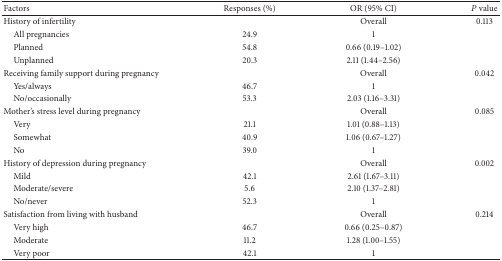
<table><thead><tr><td><b>Factors</b></td><td><b>Responses (%)</b></td><td><b>OR (95% CI)</b></td><td><b><i>P</i> value</b></td></tr></thead><tbody><tr><td>History of infertility</td><td> </td><td>Overall</td><td>0.113</td></tr><tr><td> All pregnancies</td><td>24.9</td><td>1</td><td> </td></tr><tr><td> Planned</td><td>54.8</td><td>0.66 (0.19–1.02)</td><td> </td></tr><tr><td> Unplanned</td><td>20.3</td><td>2.11 (1.44–2.56)</td><td> </td></tr><tr><td>Receiving family support during pregnancy</td><td> </td><td>Overall</td><td>0.042</td></tr><tr><td> Yes/always</td><td>46.7</td><td>1</td><td> </td></tr><tr><td> No/occasionally</td><td>53.3</td><td>2.03 (1.16–3.31)</td><td> </td></tr><tr><td>Mother&#x27;s stress level during pregnancy</td><td> </td><td>Overall</td><td>0.085</td></tr><tr><td> Very</td><td>21.1</td><td>1.01 (0.88–1.13)</td><td> </td></tr><tr><td> Somewhat</td><td>40.9</td><td>1.06 (0.67–1.27)</td><td> </td></tr><tr><td> No</td><td>39.0</td><td>1</td><td> </td></tr><tr><td>History of depression during pregnancy</td><td> </td><td>Overall</td><td>0.002</td></tr><tr><td> Mild</td><td>42.1</td><td>2.61 (1.67–3.11)</td><td> </td></tr><tr><td> Moderate/severe</td><td>5.6</td><td>2.10 (1.37–2.81)</td><td> </td></tr><tr><td> No/never</td><td>52.3</td><td>1</td><td> </td></tr><tr><td>Satisfaction from living with husband</td><td> </td><td>Overall</td><td>0.214</td></tr><tr><td> Very high</td><td>46.7</td><td>0.66 (0.25–0.87)</td><td> </td></tr><tr><td> Moderate</td><td>11.2</td><td>1.28 (1.00–1.55)</td><td> </td></tr><tr><td> Very poor</td><td>42.1</td><td>1</td><td> </td></tr></tbody></table>